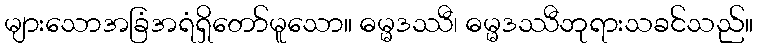
များသောအခြံအရံရှိတော်မူသော။ ဓမ္မဒဿီ၊ ဓမ္မဒဿီဘုရားသခင်သည်။